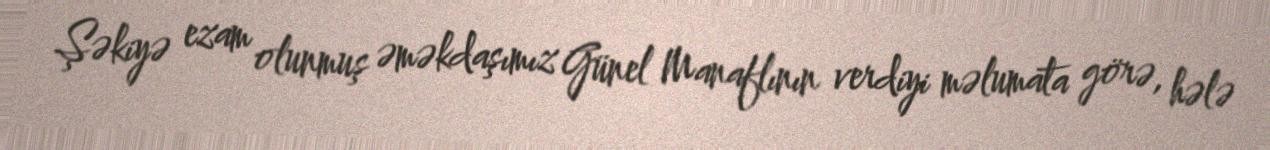
Şəkiyə ezam olunmuş əməkdaşımız Günel Manaflının verdiyi məlumata görə, hələ